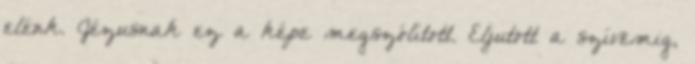
elénk. Jézusnak ez a képe megszólított. Eljutott a szívemig,